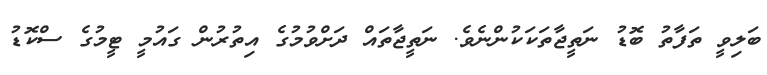
ބަލިވީ ތަފާތު ބޮޑު ނަތީޖާތަކަކުންނެވެ. ނަތީޖާތައް ދަށްވުމުގެ އިތުރުން ގަައުމީ ޓީމުގެ ސްކޮޑު